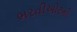
ભરતીઓટની